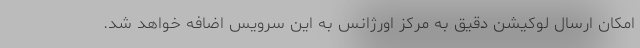
امکان ارسال لوکیشن دقیق به مرکز اورژانس به این سرویس اضافه خواهد شد.